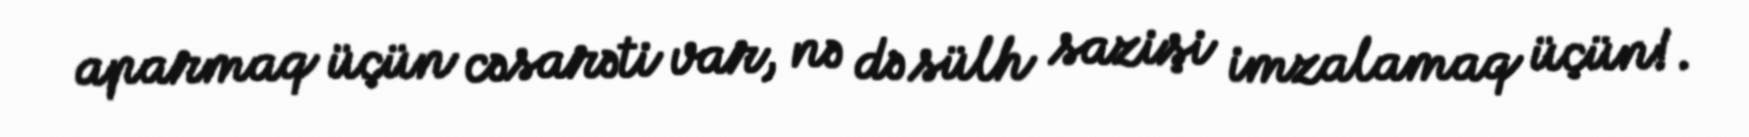
aparmaq üçün cəsarəti var, nə də sülh sazişi imzalamaq üçün!.